Report of the Indian Hemp Drugs Commission, 1894-1895 - Volume VI
Year: 1894
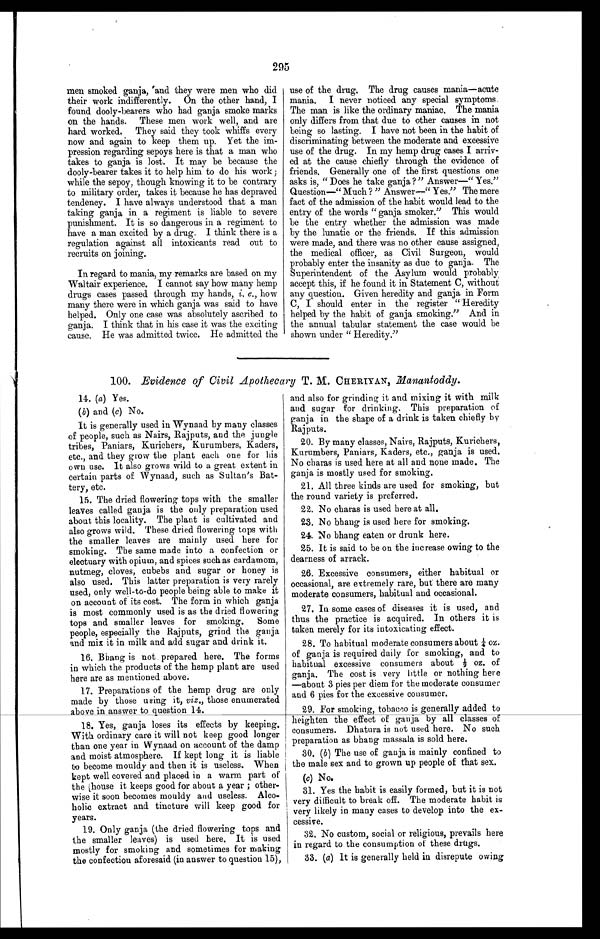
295
men smoked ganja, and they were men who did
their work indifferently. On the other hand, I
found dooly-bearers who had ganja smoke marks
on the hands. These men work well, and are
hard worked. They said they took whiffs every
now and again to keep them up. Yet the im
- pression regarding sepoys here is that a man who
takes to ganja is lost. It may be because the
&dooly-bearer takes it to help him to do his work;
while the sepoy, though knowing it to be contrary
to military order, takes it because he has depraved
tendency. I have always understood that a man
taking ganja in a regiment is liable to severe
punishment. It is so dangerous in a regiment to
have a man excited by a drug. I think there is a
regulation against all intoxicants read out to
recruits on joining.
In regard to mania, my remarks are based on my
Waltair experience. I cannot say how many hemp
drugs cases passed through my hands, i . e . ,
how
many there were in which ganja was said to have
helped. Only one case was absolutely ascribed to
ganja. I think that in his case it was the excitin
g c a u s e . H e w a s a d m i t t e d t w i c e . H e a d m i t t e d t h e
use of the drug. The drug causes mania —acute
mania. I never noticed any special symptoms.
The man is like the ordinary maniac. The mania
only differs from that due to other causes in not
being so lasting. I have not been in the habit of
discriminating between the moderate and excessive
use of the drug. In my hemp drug cases I arriv- -
ed at the cause chiefly through the evidence of
friends. Generally one of the first questions one
asks is, "Does he take ganja?"Answer—"Yes.
"Question—"Much ? "Answer—"Yes."The mere
fact of the admission of the habit would lead to the
entry of the words "ganja smoker."This would
be the entry whether the admission was made
by the lunatic or the friends. If this admission
were made, and there was no other cause assigned,
the medical officer, as Civil Surgeon, would
probably enter the insanity as due to ganja. The
Superintendent of the Asylum would probably
accept this, if he found it in Statement C, without
any question. Given heredity and ganja in Form
C, I should enter in the register "Heredity
helped by the habit of ganja smoking." And in
the annual tabular statement the case would be
shown under "Heredity."
100. Evidence of Civil Apothecary T. M. CHERIYAN, Manantoddy.
14. (a) Yes.
( b ) and (c ) No.
It is generally used in Wynaad by many classes
of people, such as Nairs, Rajputs, and the jungle
tribes, Paniars, Kurichers, Kurumbers, Kaders,
etc., and they grow the plant each one for his
own use. It also grows wild to a great extent in
certain parts of Wynaad, such as Sultan's Bat- -
tery, etc.
15. The dried flowering tops with the smaller
leaves called ganja is the only preparation used
about this locality. The plant is cultivated and
also grows wild. These dried flowering tops with
the smaller leaves are mainly used here for
smoking. The same made into a confection or
electuary with opium, and spices such as cardamom,
nutmeg, cloves, cubebs and sugar or honey is
also used. This latter preparation is very rarely
used, only well-to-do people being able to make it
on account of its cost. The form in which ganja
is most commonly used is as the dried flowering
tops and smaller leaves for smoking. Some
people, especially the Rajputs, grind the ganja
a n d m i x i t i n m i l k a n d a d d s u g a r a n d d r i n k i t .
16. Bhang is not prepared here. The forms
in which the products of the hemp plant are used
here are as mentioned above.
17. Preparations of the hemp drug are only
made by those using it, viz., those enumerated
a b o v e i n a n s w e r t o q u e s t i o n 1 4 .
18. Yes, ganja loses its effects by keeping.
With ordinary care it will not keep good longer
than one year in Wynaad on account of the damp
and moist atmosphere. If kept long it is liable
to become mouldy and then it is useless. When
kept well covered and placed in a warm part of
the house it keeps good for about a year; other- -
wise it soon becomes mouldy and useless. Alco- -
holic extract and tincture will keep good for
years.
19. Only ganja (the dried flowering tops and
the smaller leaves) is used here. It is used
mostly for smoking and sometimes for making
the confection aforesaid (in answer to question 15),
and also for grinding it and mixing it with milk
and sugar for drinking. This preparation of
ganja in the shape of a drink is taken chiefly by
Rajputs.
20. By many classes, Nairs, Rajputs, Kurichers,
Kurumbers, Paniars, Kaders, etc., ganja is used.
No charas is used here at all and none made. The
ganja is mostly used for smoking.
21. All three kinds are used for smoking, but
the round variety is preferred.
22. No charas is used here at all.
23. No bhang is used here for smoking.
24. No bhang eaten or drunk here.
25. It is said to be on the increase owing to the
dearness of arrack.
26. Excessive consumers, either habitual or
occasional, are extremely rare, but' there are many
moderate consumers, habitual and occasional.
27. In some cases of diseases it is used, and
thus the practice is acquired. In others it is
taken merely for its intoxicating effect.
28. To habitual moderate consumers about ¼ oz.
of ganja is required daily for smoking, and to
habitual excessive consumers about ½ oz. of
ganja. The cost is very little or nothing here
—about 3 pies per diem for the moderate consumer
and 6 pies for the excessive consumer.
29. For smoking, tobacco is generally added to
heighten the effect of ganja by all classes of
consumers. Dhatura is not used here. No such
preparation as bhang massala is sold here.
30. (b) The use of ganja is mainly confined to
the male sex and to grown up people of that sex.
(c) No.
31. Yes the habit is easily formed, but it is not
very difficult to break off. The moderate habit is
very likely in many cases to develop into the ex--
cessive.
32. No custom, social or religious, prevails here
in regard to the consumption of these drugs.
33. (a) It is generally held in disrepute owing